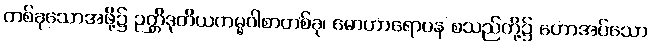
တစ်ခုသောအဖို့၌ ဉတ္တိဒုတိယကမ္မဝါစာတစ်ခု၊ မောဟာရောပန စသည်တို့၌ ဟောအပ်သော